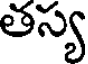
తస్య